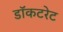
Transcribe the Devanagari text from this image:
डॉकटरेट